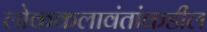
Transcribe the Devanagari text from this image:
लोककलावंतांकडील